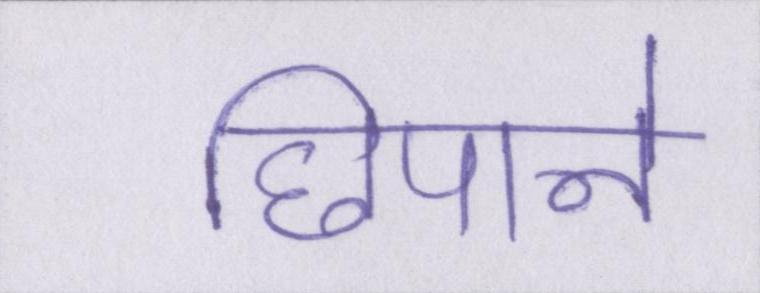
छिपाने